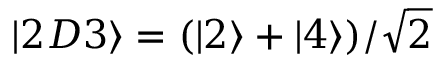
\left\lvert 2 D 3 \right\rangle = ( \left\lvert 2 \right\rangle + \left\lvert 4 \right\rangle ) / \sqrt { 2 }